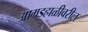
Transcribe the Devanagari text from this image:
आम्रडहाळीवरील